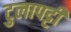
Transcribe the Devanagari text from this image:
टुलापट्टी